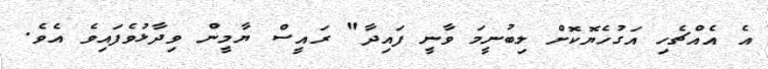
އެ އެއްޗެހި އަގުހެޔޮކޮށް ލިބުނީމަ ވާނީ ފައިދާ" ރައީސް ޔާމީން ވިދާޅުވެފައިވެ އެވެ.